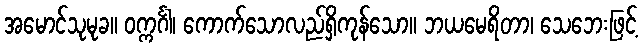
အမောင်သုမုခ။ ဝက္ကင်္ဂါ၊ ကောက်သောလည်ရှိကုန်သော။ ဘယမေရိတာ၊ သေဘေးဖြင့်